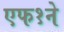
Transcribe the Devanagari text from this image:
एफ१ने